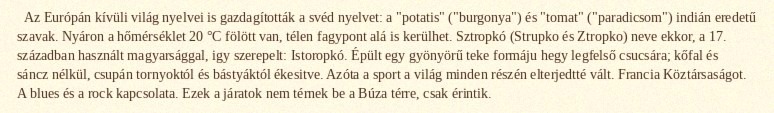
Az Európán kívüli világ nyelvei is gazdagították a svéd nyelvet: a "potatis" ("burgonya") és "tomat" ("paradicsom") indián eredetű szavak. Nyáron a hőmérséklet 20 °C fölött van, télen fagypont alá is kerülhet. Sztropkó (Strupko és Ztropko) neve ekkor, a 17. században használt magyarsággal, igy szerepelt: Istoropkó. Épült egy gyönyörű teke formáju hegy legfelső csucsára; kőfal és sáncz nélkül, csupán tornyoktól és bástyáktól ékesitve. Azóta a sport a világ minden részén elterjedtté vált. Francia Köztársaságot. A blues és a rock kapcsolata. Ezek a járatok nem térnek be a Búza térre, csak érintik.